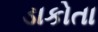
ડાકોતા